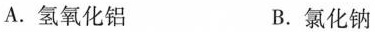
A.氢氧化铝 B.氯化钠